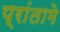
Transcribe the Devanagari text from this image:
प्रांतामे